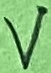
Text: V